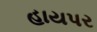
હાયપર